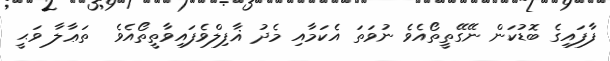
ފާފައިގެ ބޮޑުކަން ނޭގޭތީތޯއެވެ ނުވަތަ އެކަމާއި މެދު ޣާފިލްވެފައިވާތީތޯއެވެ  ތަޢާލާ ވަޙީ